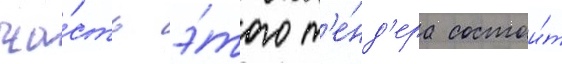
ча́сть э́того т'е́нд'ера состои́т